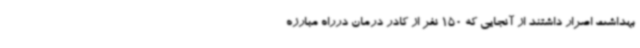
بهداشت اصرار داشتند از آنجایی که 150 نفر از کادر درمان درراه مبارزه